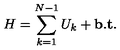
H = \sum _ { k = 1 } ^ { N - 1 } U _ { k } + { \bf b . t } .